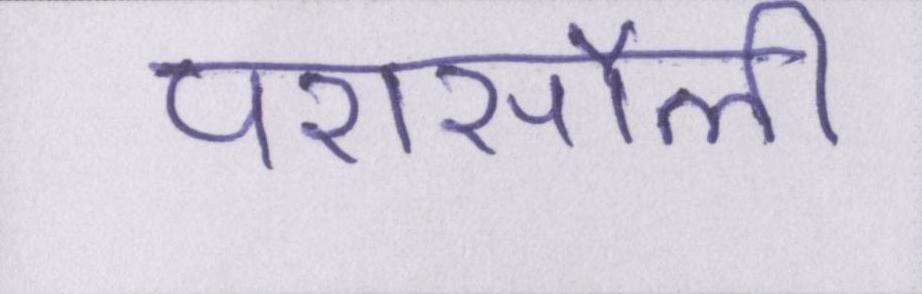
परासौली